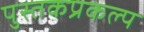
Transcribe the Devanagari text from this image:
पुस्तकप्रकल्प